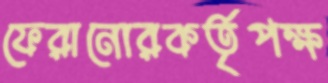
ফেরানোরকর্তৃপক্ষ